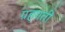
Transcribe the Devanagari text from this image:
ग्रहगती